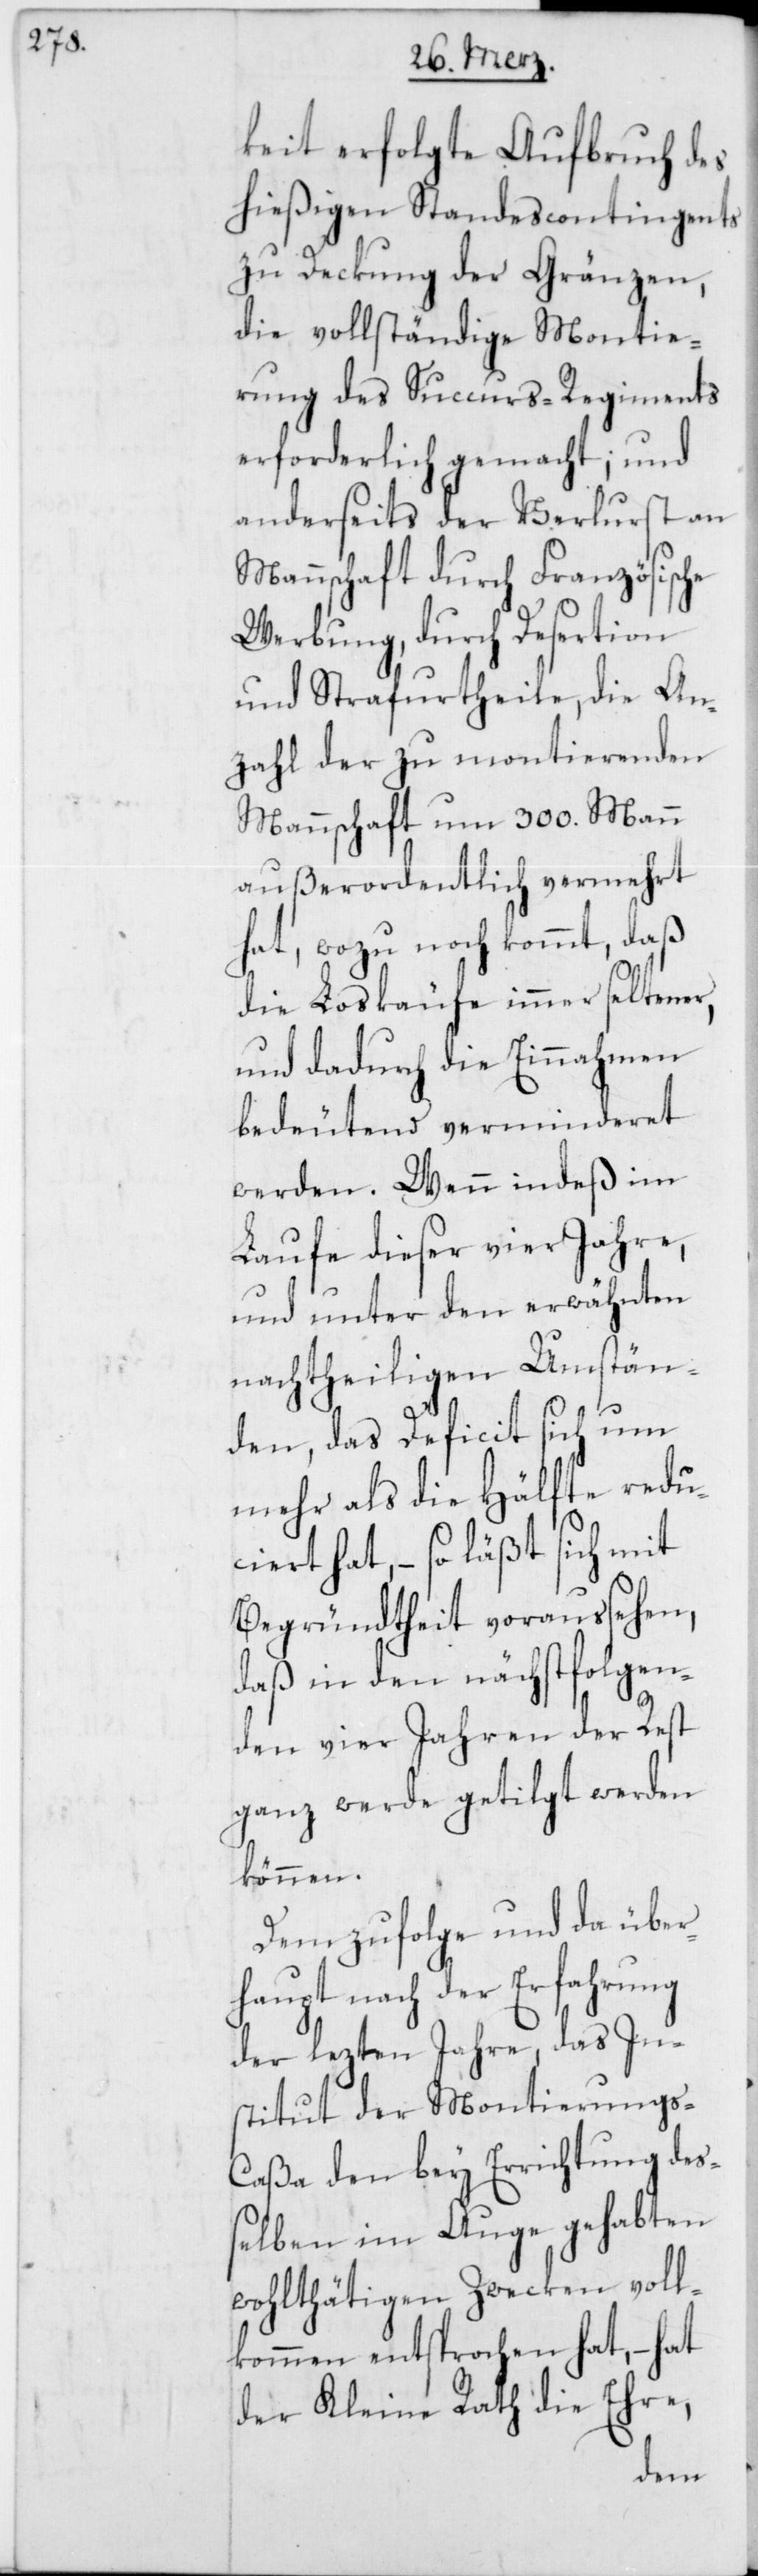
keit erfolgte Aufbruch des
hießigen Standescontingents
zu Deckung der Gränzen,
die vollständige Montie¬
rung des Succurs-Regiments
erforderlich gemacht; und
anderseits der Verlust an
Mannschaft durch Französische
Werbung, durch Desertion
und Strafurtheile, die An¬
zahl der zu montierenden
Mannschaft um 300. Mann
außerordentlich vermehrt
hat, wozu noch kommt, daß
die Loskäufe immer seltener,
und dadurch die Einnahmen
bedeutend verminderet
werden. Wenn indeß im
Laufe dieser vier Jahre,
und unter den erwähnten
nachtheiligen Umstän¬
den, das Deficit sich um
mehr als die Hälfte redu¬
ciert hat, – so läßt sich mit
Begründtheit voraussehen,
daß in den nächstfolgen¬
den vier Jahren der Rest
ganz werde getilgt werden
können.
Demzufolge und da über¬
haupt nach der Erfahrung
der lezten Jahre, das In¬
stitut der Montierungs-C¬
aßa den bey Errichtung des¬
selben im Auge gehabten
wohlthätigen Zwecken voll¬
kommen entsprochen hat, – hat
der Kleine Rath die Ehre,